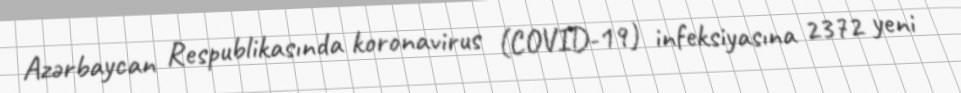
Azərbaycan Respublikasında koronavirus (COVID-19) infeksiyasına 2372 yeni